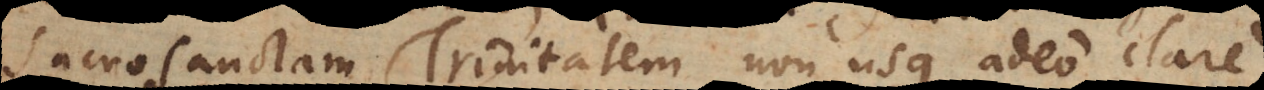
sacrosanctam Trinitatem non usque adeo clare